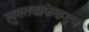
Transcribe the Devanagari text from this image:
लुफ्तवाफेकडून